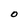
Character: O